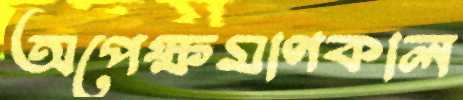
অপেক্ষমাণকাল